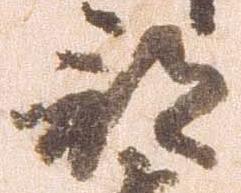
部